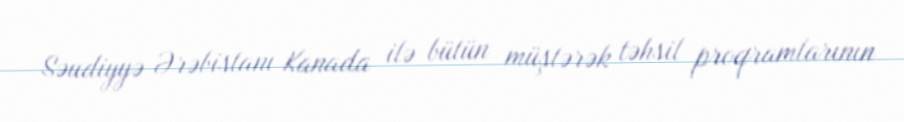
Səudiyyə Ərəbistanı Kanada ilə bütün müştərək təhsil proqramlarının